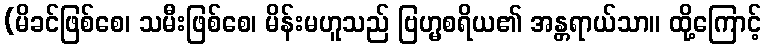
(မိခင်ဖြစ်စေ၊ သမီးဖြစ်စေ၊ မိန်းမဟူသည် ဗြဟ္မစရိယ၏ အန္တရာယ်သာ။ ထို့ကြောင့်